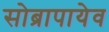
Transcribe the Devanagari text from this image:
सोब्रापायेव